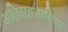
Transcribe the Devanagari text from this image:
अतिसहभागिता